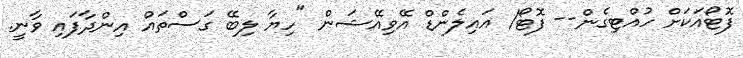
ފޮޓޯއަކަށް ހުއްޓިގެން-- ފޮޓޯ/ އައިލެންޑް އޭވިއޭޝަން "ހިޔާ ލިބޭ ގަސްތައް އިންދާފައި ވާނީ.